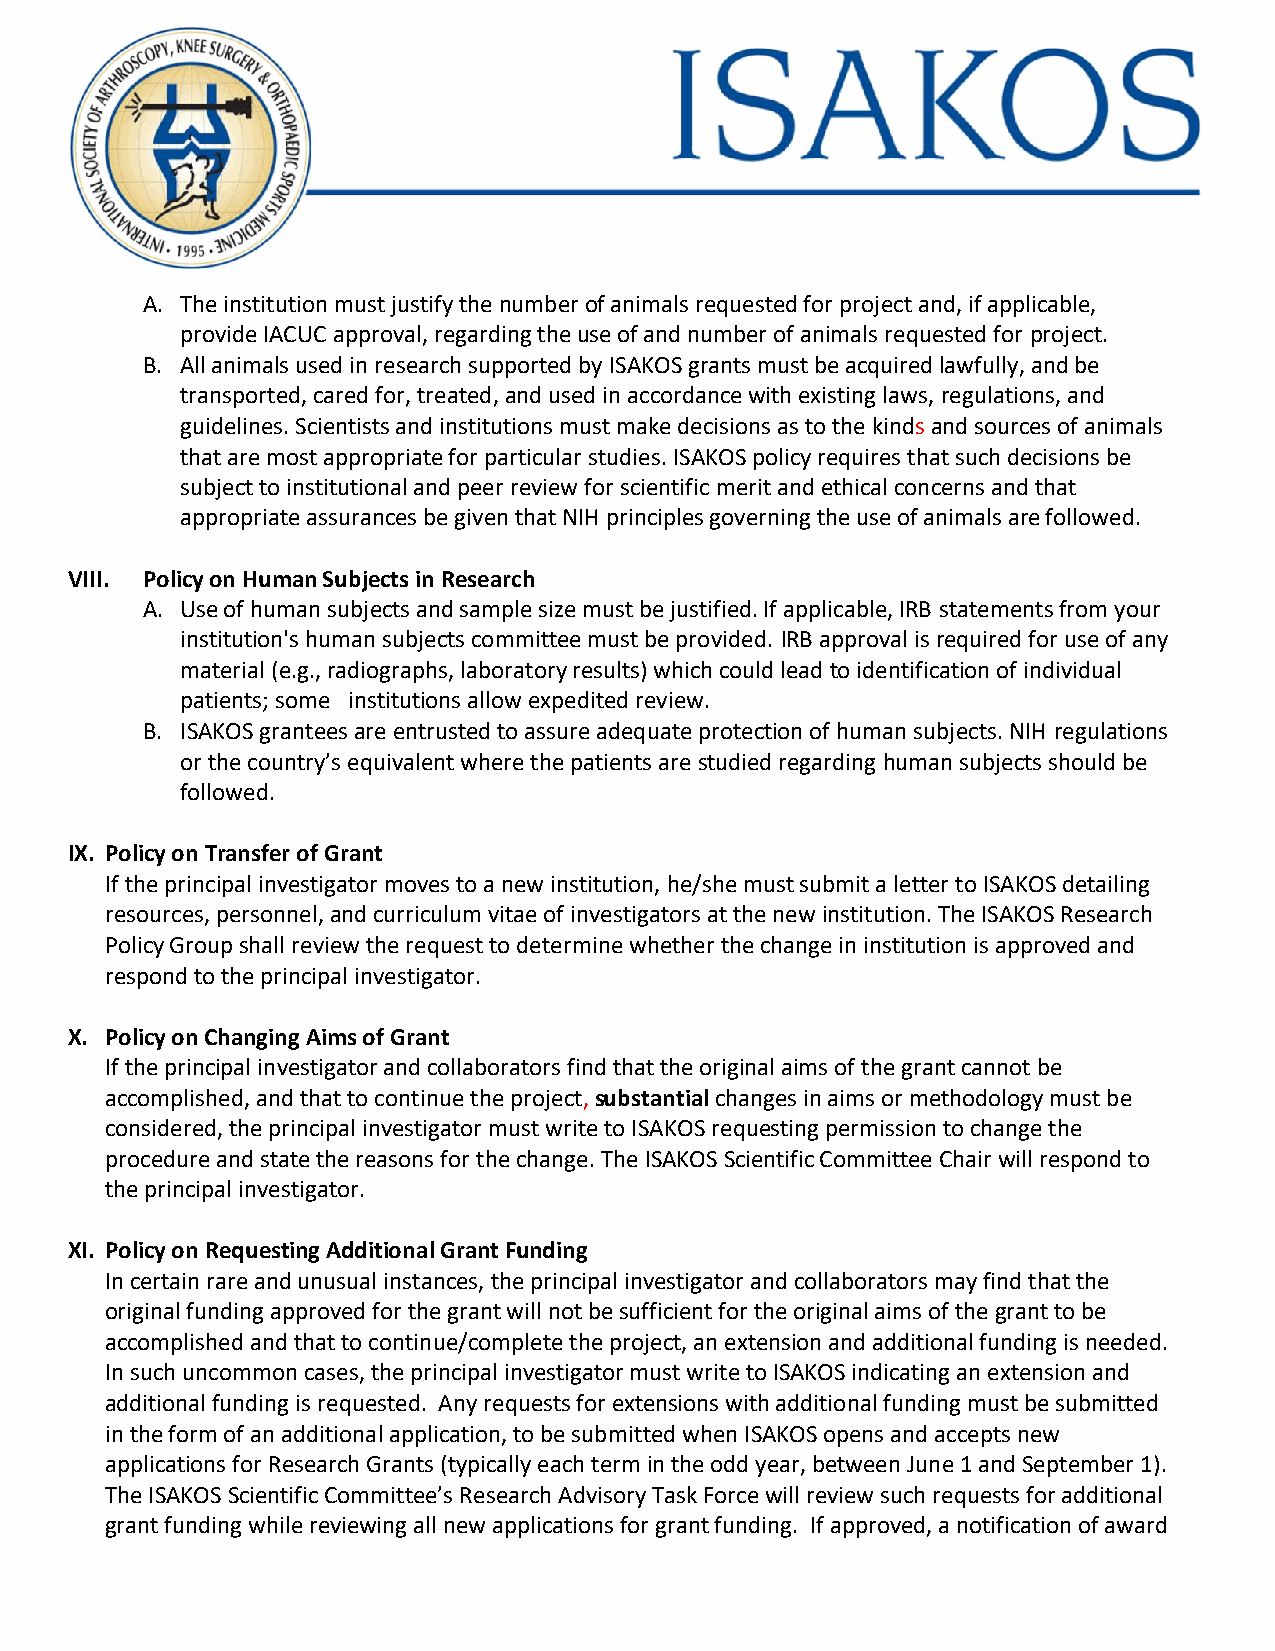
A. The institution must justify the number of animals requested for project and, if applicable,
 provide IACUC approval, regarding the use of and number of animals requested for project.
 B. All animals used in research supported by ISAKOS grants must be acquired lawfully, and be
 transported, cared for, treated, and used in accordance with existing laws, regulations, and
 guidelines. Scientists and institutions must make decisions as to the kinds and sources of animals
 that are most appropriate for particular studies. ISAKOS policy requires that such decisions be
 subject to institutional and peer review for scientific merit and ethical concerns and that
 appropriate assurances be given that NIH principles governing the use of animals are followed.
 VIII. Policy on Human Subjects in Research
 A. Use of human subjects and sample size must be justified. If applicable, IRB statements from your
 institution's human subjects committee must be provided. IRB approval is required for use of any
 material (e.g., radiographs, laboratory results) which could lead to identification of individual
 patients; some institutions allow expedited review.
 B. ISAKOS grantees are entrusted to assure adequate protection of human subjects. NIH regulations
 or the country’s equivalent where the patients are studied regarding human subjects should be
 followed.
 IX. Policy on Transfer of Grant
 If the principal investigator moves to a new institution, he/she must submit a letter to ISAKOS detailing
 resources, personnel, and curriculum vitae of investigators at the new institution. The ISAKOS Research
 Policy Group shall review the request to determine whether the change in institution is approved and
 respond to the principal investigator.
 X. Policy on Changing Aims of Grant
 If the principal investigator and collaborators find that the original aims of the grant cannot be
 accomplished, and that to continue the project, substantial changes in aims or methodology must be
 considered, the principal investigator must write to ISAKOS requesting permission to change the
 procedure and state the reasons for the change. The ISAKOS Scientific Committee Chair will respond to
 the principal investigator.
 XI. Policy on Requesting Additional Grant Funding
 In certain rare and unusual instances, the principal investigator and collaborators may find that the
 original funding approved for the grant will not be sufficient for the original aims of the grant to be
 accomplished and that to continue/complete the project, an extension and additional funding is needed.
 In such uncommon cases, the principal investigator must write to ISAKOS indicating an extension and
 additional funding is requested. Any requests for extensions with additional funding must be submitted
 in the form of an additional application, to be submitted when ISAKOS opens and accepts new
 applications for Research Grants (typically each term in the odd year, between June 1 and September 1).
 The ISAKOS Scientific Committee’s Research Advisory Task Force will review such requests for additional
 grant funding while reviewing all new applications for grant funding. If approved, a notification of award